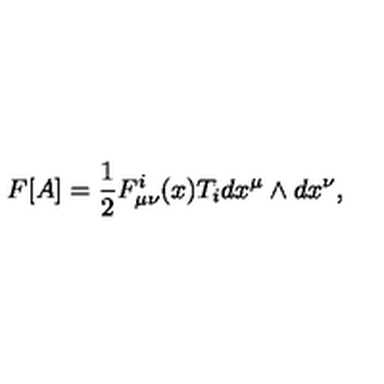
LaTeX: F [ A ] = \frac { 1 } { 2 } F _ { \mu \nu } ^ { i } ( x ) T _ { i } d x ^ { \mu } \wedge d x ^ { \nu } ,